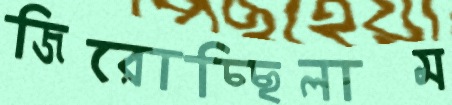
জিরোচ্ছিলাম